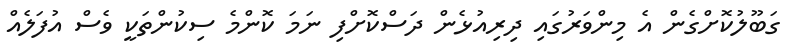
ގަބޫލުކޮށްގެން އެ މިންވަރުގައި ދިރިއުޅެން ދަސްކޮށްފި ނަމަ ކޮންމެ ސިކުންތަކީ ވެސް އުފަލެއް